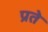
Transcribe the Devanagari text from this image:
प्रते